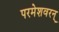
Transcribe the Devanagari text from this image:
परमेशवरन्